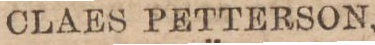
CLAES PETTERSON,